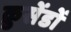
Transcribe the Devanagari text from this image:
क्रुसेंडों